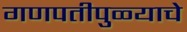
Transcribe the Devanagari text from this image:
गणपतीपुळ्याचे